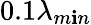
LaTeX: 0.1\lambda_{m\mathbf{i}n}